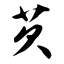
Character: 芡